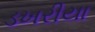
ડખરીયા